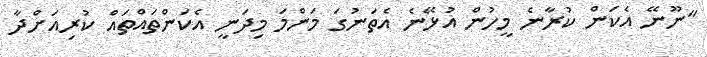
"ނޫނޭ އެކަން ކުރާނެ މީހުން އުޅޭނެ އެތަނުގަ މަންމަ މިދަނީ އެކަންތައްތައް ކުރިއަށްދާ